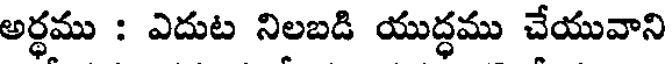
అర్ధము : ఎదుట నిలబడి యుద్ధము చేయువాని